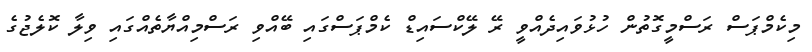
މިކެމްޕަސް ރަސްމީގޮތުން ހުޅުވައިދެއްވީ ރޭ ލޭކްސައިޑް ކެމްޕަސްގައި ބޭއްވި ރަސްމިއްޔާތެއްގައި ވިލާ ކޮލެޖުގެ